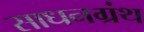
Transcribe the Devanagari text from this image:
साधनग्रंथ